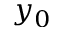
y _ { 0 }